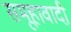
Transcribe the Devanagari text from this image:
समूहावादी